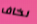
نخاف